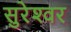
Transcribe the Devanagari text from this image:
सुरेश्‍वर